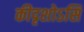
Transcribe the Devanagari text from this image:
कीदृशोऽसि